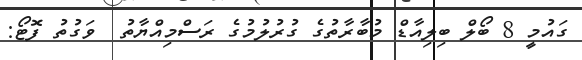
ގައުމީ 8 ބޯލް ބިލިއާޑް މުބާރާތުގެ ގުރުލުމުގެ ރަސްމިއްޔާތު  ވަގުތު ފޮޓޯ: